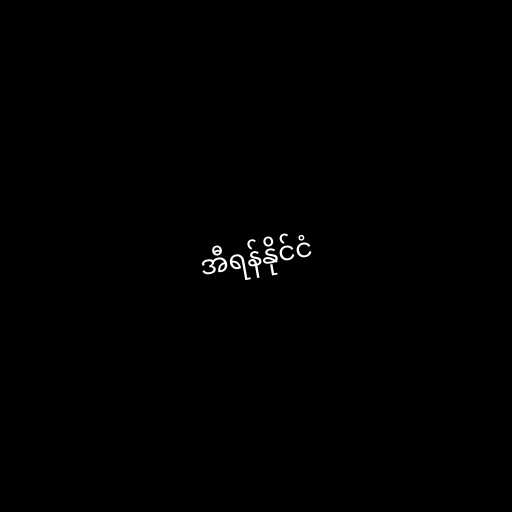
အီရန်နိုင်ငံ